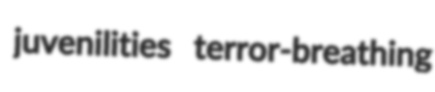
juvenilities terror-breathing